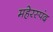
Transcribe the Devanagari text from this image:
महेरस्पंद